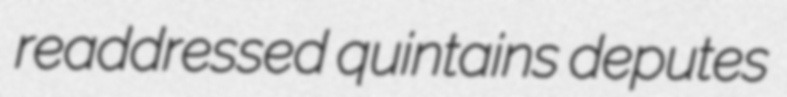
readdressed quintains deputes